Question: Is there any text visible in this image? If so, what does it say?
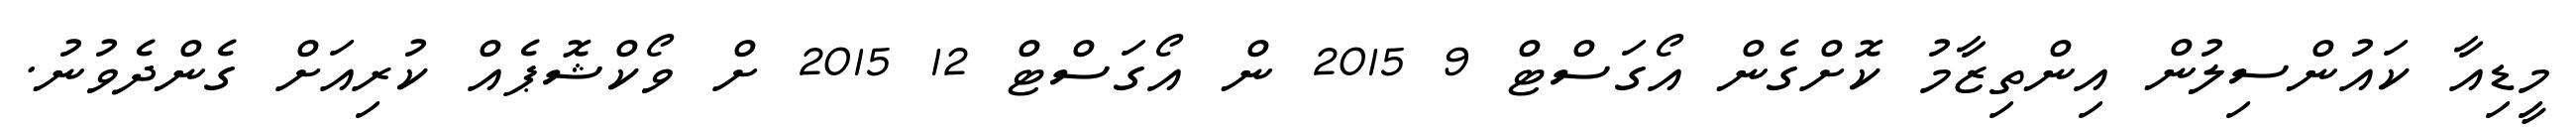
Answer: މީޑިއާ ކައުންސިލުން އިންތިޒާމު ކޮށްގެން އޯގަސްޓް 9 2015 ން އޯގަސްޓް 12 2015 ށް ވޯކްޝޮޕެއް ކުރިއަށް ގެންދެވުނު.